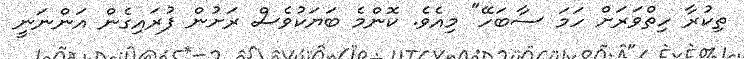
ތިކުރާ ހިތްވަރަށް ހަމަ ސާބަހޭ" މިއެވެ. ކޮންމެ ބަޔަކުވެސް ރަށުން ފުރައިގެން އަންނަނީ